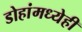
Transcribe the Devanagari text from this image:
डोहांमध्येही